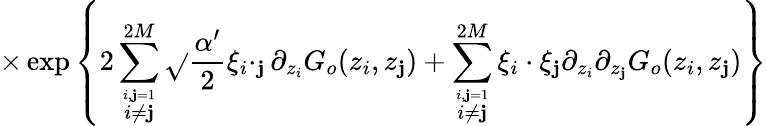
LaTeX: \times\exp\left\{ \displaystyle2\sum_{\stackrel{i,\mathbf{j}=1}{i\neq\mathbf{j}}}^{2M}\sqrt{}{{\displaystyle\frac{{\alpha^{\prime}}}{{2}}}}\xi_{i}\cdotp_{\mathbf{j}}\partial_{z_{i}}G_{o}(z_{i},z_{\mathbf{j}})+\displaystyle\sum_{\stackrel{i,\mathbf{j}=1}{i\neq\mathbf{j}}}^{2M}\xi_{i}\cdot\xi_{\mathbf{j}}\partial_{z_{i}}\partial_{z_{\mathbf{j}}}G_{o}(z_{i},z_{\mathbf{j}})\right\}